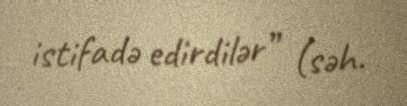
istifadə edirdilər” (səh.